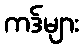
ကဒ်များ